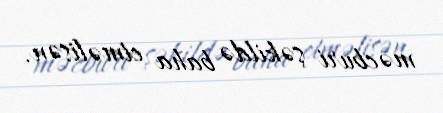
məcburi şəkildə baha etməlisən.